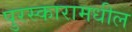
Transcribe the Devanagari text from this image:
पुरस्कारामधील